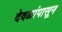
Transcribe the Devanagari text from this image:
देवळांपासून